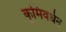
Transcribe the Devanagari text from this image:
कृमिवर्धन